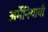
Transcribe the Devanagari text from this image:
अर्मेनियायी